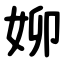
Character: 㚹